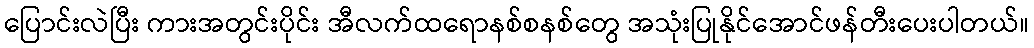
ပြောင်းလဲပြီး ကားအတွင်းပိုင်း အီလက်ထရောနစ်စနစ်တွေ အသုံးပြုနိုင်အောင်ဖန်တီးပေးပါတယ်။